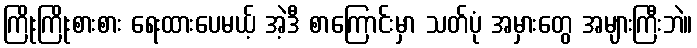
ကြိုးကြိုးစားစား ရေးထားပေမယ့် အဲ့ဒီ စာကြောင်းမှာ သတ်ပုံ အမှားတွေ အများကြီးဘဲ။